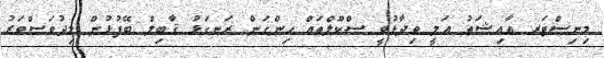
މިނިސްޓަރ އާއިޝަތު އަލީ ވިދާޅުވީ ސްކޫލްތައް ހިންގަން ރަނގަޅު ޤާބިލް ބޭފުޅުން މިދުވަސްވަރު